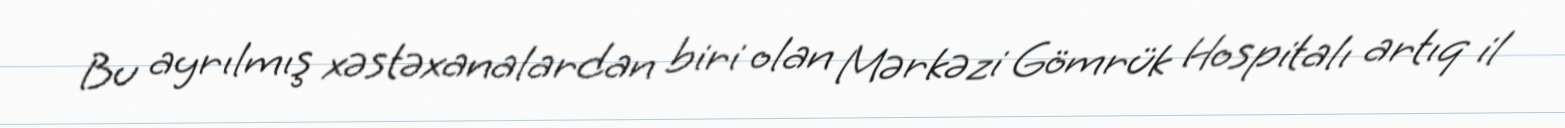
Bu ayrılmış xəstəxanalardan biri olan Mərkəzi Gömrük Hospitalı artıq il